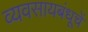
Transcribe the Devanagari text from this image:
व्यवसायबंधूचें